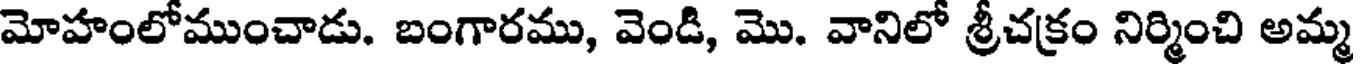
మోహంలోముంచాడు. బంగారము, వెండి, మొ. వానిలో శ్రీచక్రం నిర్మించి అమ్మ